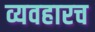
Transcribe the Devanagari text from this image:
व्यवहारच